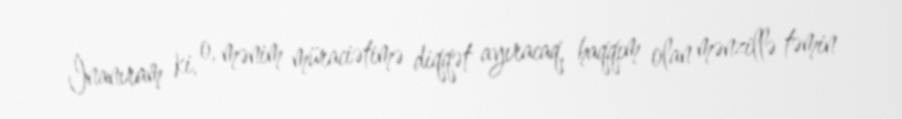
İnanıram ki, o, mənim müraciətimə diqqət ayıracaq, haqqım olan mənzillə təmin